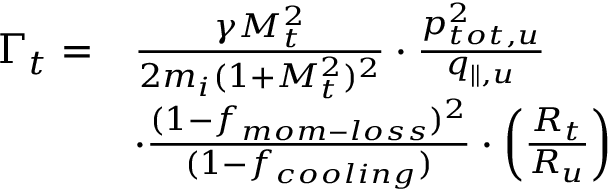
\begin{array} { r l } { \Gamma _ { t } = } & { \frac { \gamma M _ { t } ^ { 2 } } { 2 m _ { i } ( 1 + M _ { t } ^ { 2 } ) ^ { 2 } } \cdot \frac { p _ { t o t , u } ^ { 2 } } { q _ { \parallel , u } } } \\ & { \cdot \frac { ( 1 - f _ { m o m - l o s s } ) ^ { 2 } } { ( 1 - f _ { c o o l i n g } ) } \cdot \left( \frac { R _ { t } } { R _ { u } } \right) } \end{array}